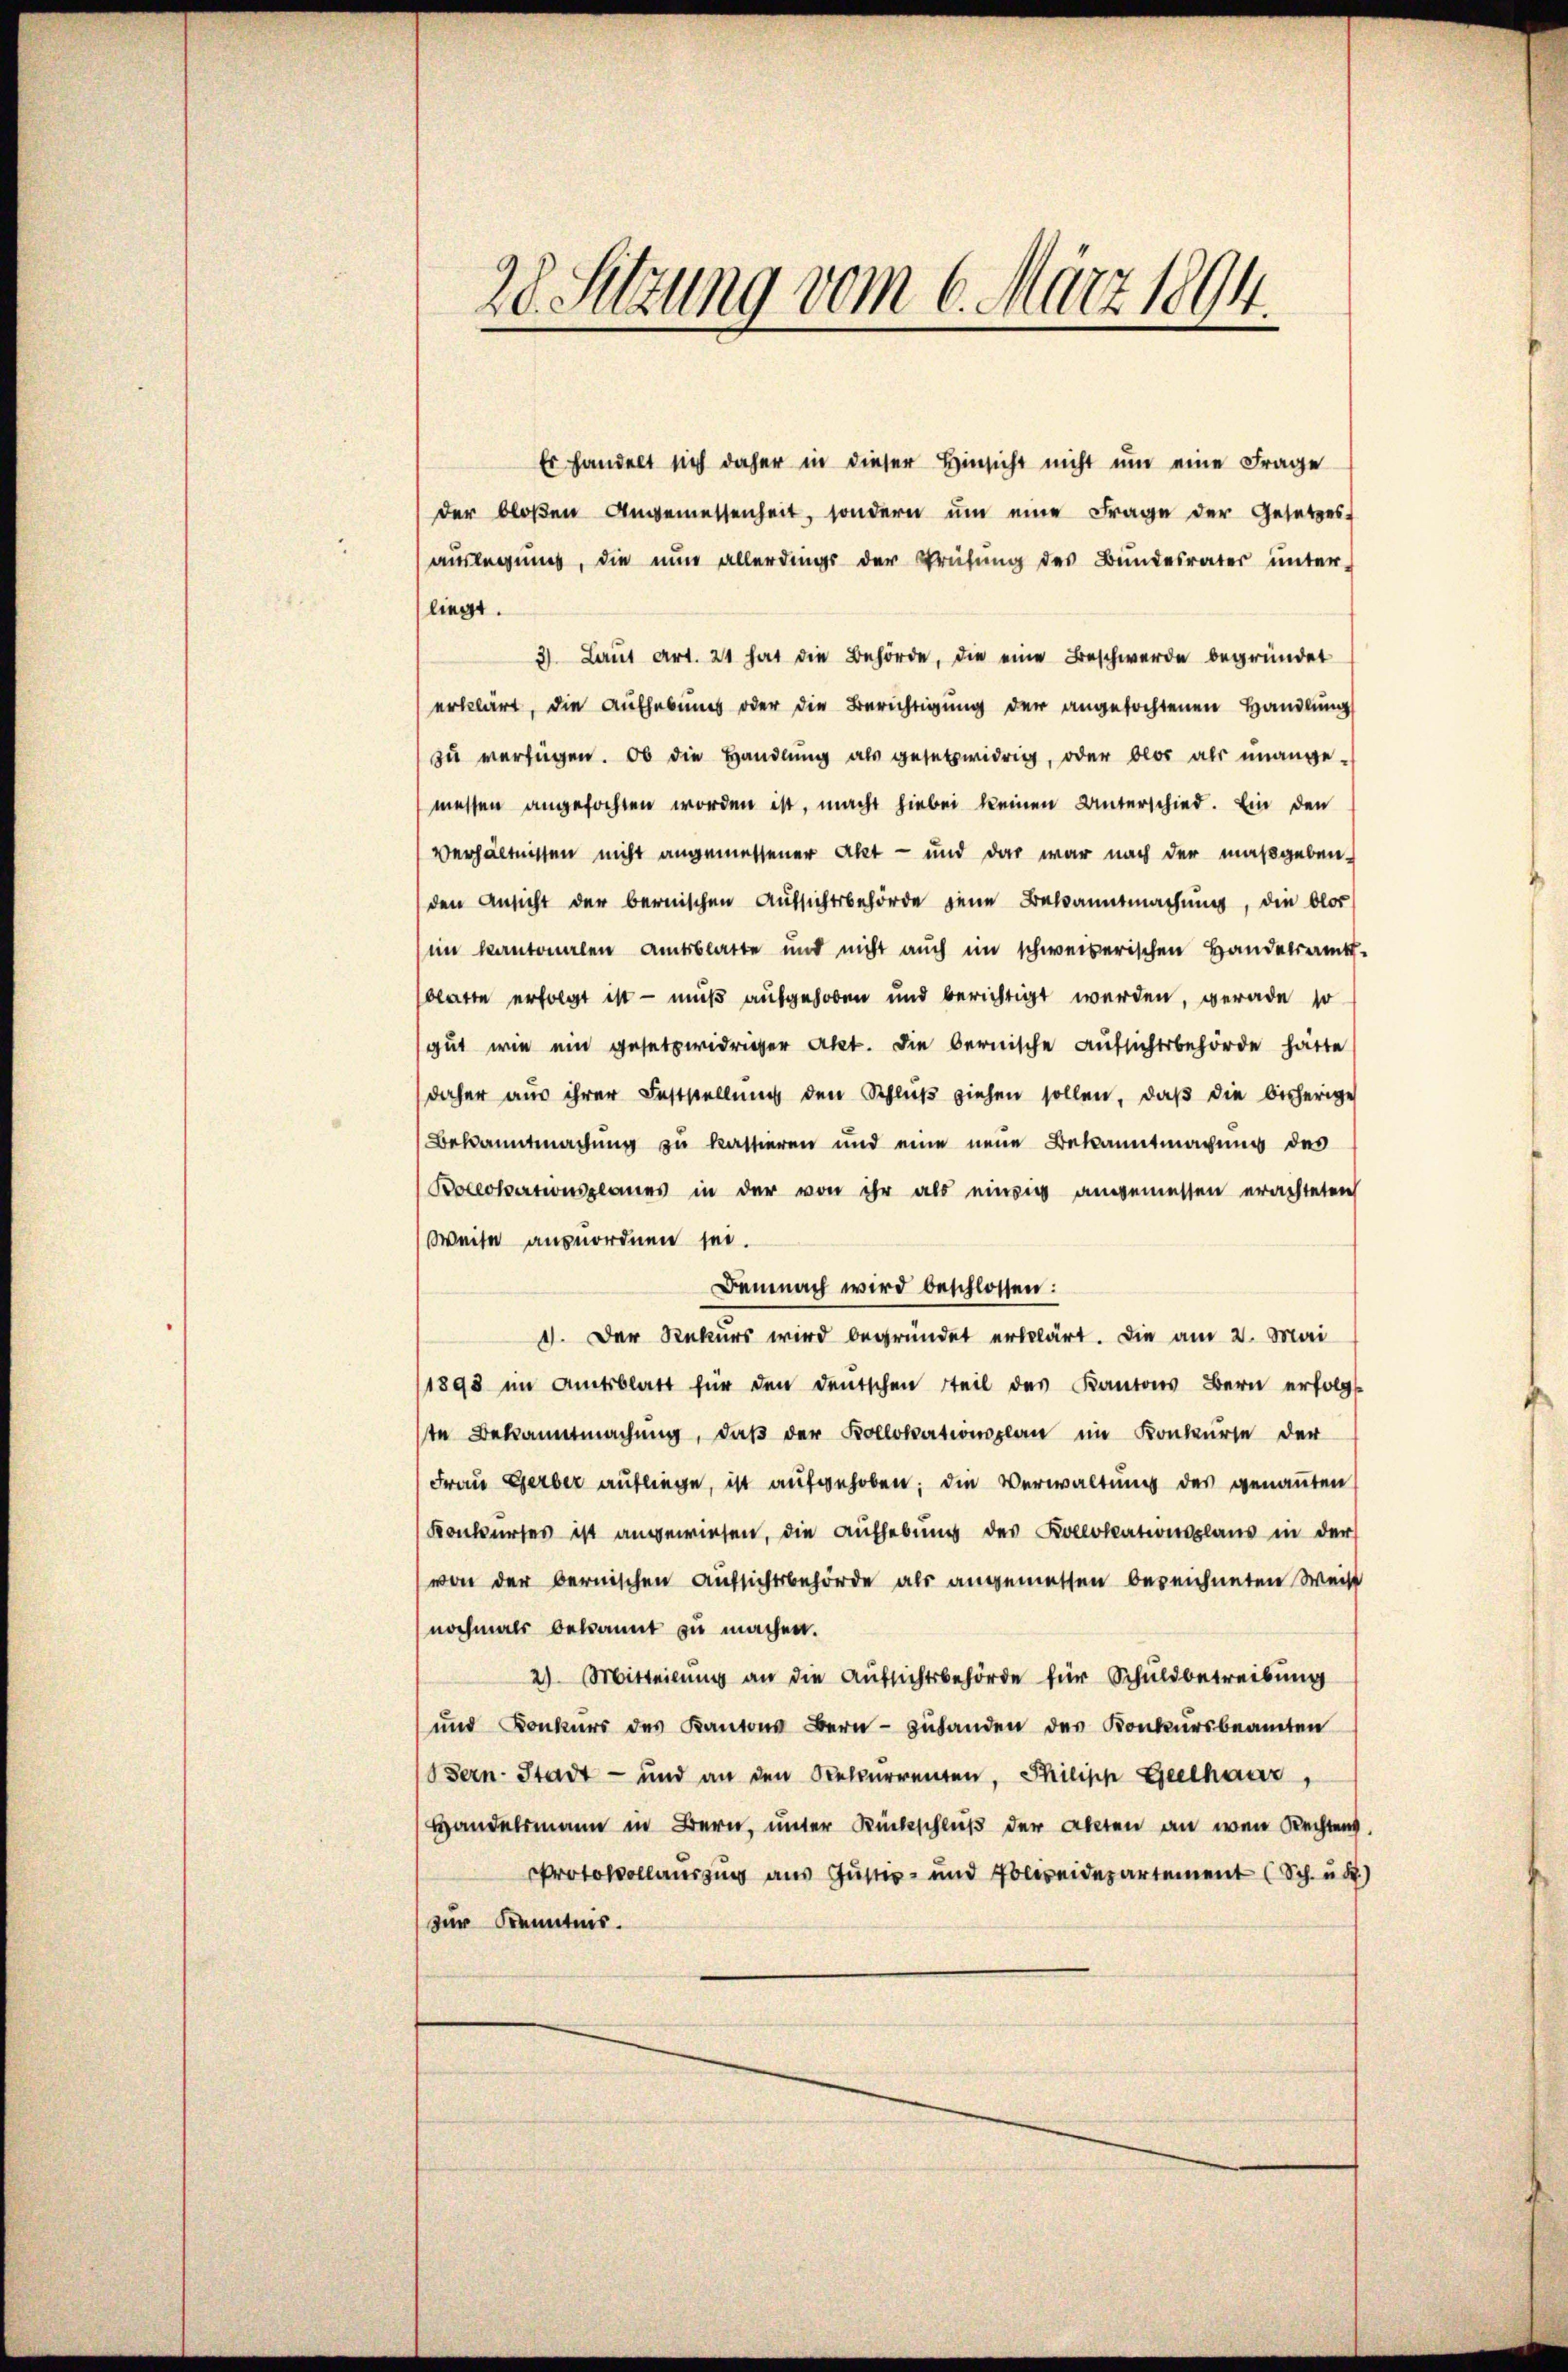
28. Sitzung vom 6. März 1894.

Es handelt sich daher in dieser Hinsicht nicht um eine Frage
der bloβen Angemessenheit, sondern ŭm eine Frage der Gesetzes-
auslegung, die nun allerdings der Prüfung des Bundesrater unter-
liegt.
3) Laut Art. 21 hat die Behörde, die eine Beschwerde begründet
erklärt, die Aufhebung oder die Berichtigung der angefochtenen Handlung
zu verfügen. Ob die Handlung als gesetzwidrig, oder blos als unange-
messen angefochten worden ist, macht hiebei keinen Unterschied. Ein den
Verhältnissen nicht angemessener Akt — und das war nach der maßgeben-
den Ansicht der bernischen Aussichtsbehörde jene Bekanntmachung, die blos
im kantonalen Amtsblatte und nicht auch im schweizerischen Handelsamt-
blatte erfolgt ist — muß aufgehoben und berichtigt werden, gerade so
gut wie ein gesetzwidriger Akt. Die bernische Aufsichtsbehörde hätte
daher aus ihrer Feststellung den Schlŭβ ziehen sollen, daß die bisheriges
Bekanntmachung zu kassieren und eine neue Bekanntmachung des
Pocokationsplanes in der von ihr als einzig angemessen erachteten
Weise ausnordnen sei.
Demnach wird beschlossen:
1. Der Rekurs wird begründet erklärt. Die am 2. Mai
1898 im Amtsblatt für den deutschen Teil des Kantons Bern erfolgt
te Bekanntmachung, daß der Kollokationsplan im Konkurse der
Frau Gerber aufliege, ist aufgehoben; die Verwaltung des genannten
Konkurses ist angewiesen, die Aufhebung des Kollokationsplans in der
von der bernischen Aufsichtsbehörde als angemessen bezeichneten Weis
nochmals bekannt zu machen.
2) Mitteilŭng an die Aŭfsichtsbehörde für Schuldbetreibŭng
und Konkurs des Kantons Bern zuhanden der Konkursbeamten
Bern-Stadt - und an den Rekurrenten, Philipp Geelhaar,
Handelsmann in Bern, unter Rückschluß der Akten an wenn Rechtens
Protokollauszug aus Justiz- und Polizeidepartement (Sch. u. S.)
zur Kenntnis.